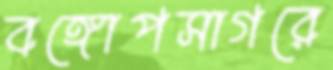
বঙ্গোপসাগরে